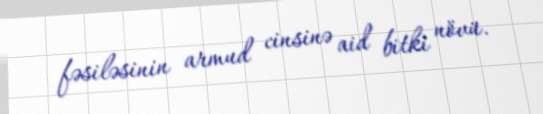
fəsiləsinin armud cinsinə aid bitki növü.